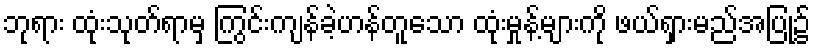
ဘုရား ထုံးသုတ်ရာမှ ကြွင်းကျန်ခဲ့ဟန်တူသော ထုံးမှုန့်များကို ဖယ်ရှားမည်အပြု၌